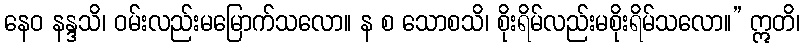
နေဝ နန္ဒသိ၊ ဝမ်းလည်းမမြောက်သလော။ န စ သောစသိ၊ စိုးရိမ်လည်းမစိုးရိမ်သလော။” ဣတိ၊